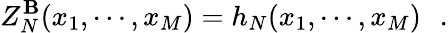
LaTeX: Z_{N}^{\mathbf{B}}(x_{1},\cdots,x_{M})=h_{N}(x_{1},\cdots,x_{M})\, \, \, \, .